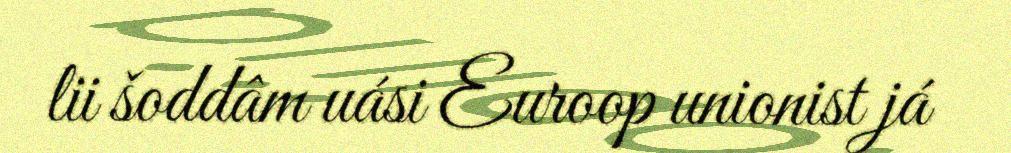
lii šoddâm uási Euroop unionist já